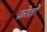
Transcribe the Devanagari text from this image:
क्रोतों